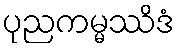
ပုညကမ္မဿိဒံ